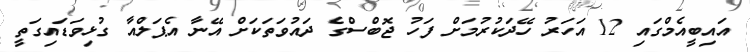
އައިބީއެމްގައި 12 އަހަރު ހޭދަކުރުމަށް ފަހު ޖޮބްސްގެ ދައުވަތަކަށް އޭނާ އެޕަލްއާ ގުޅިވަޑައިގަތީ